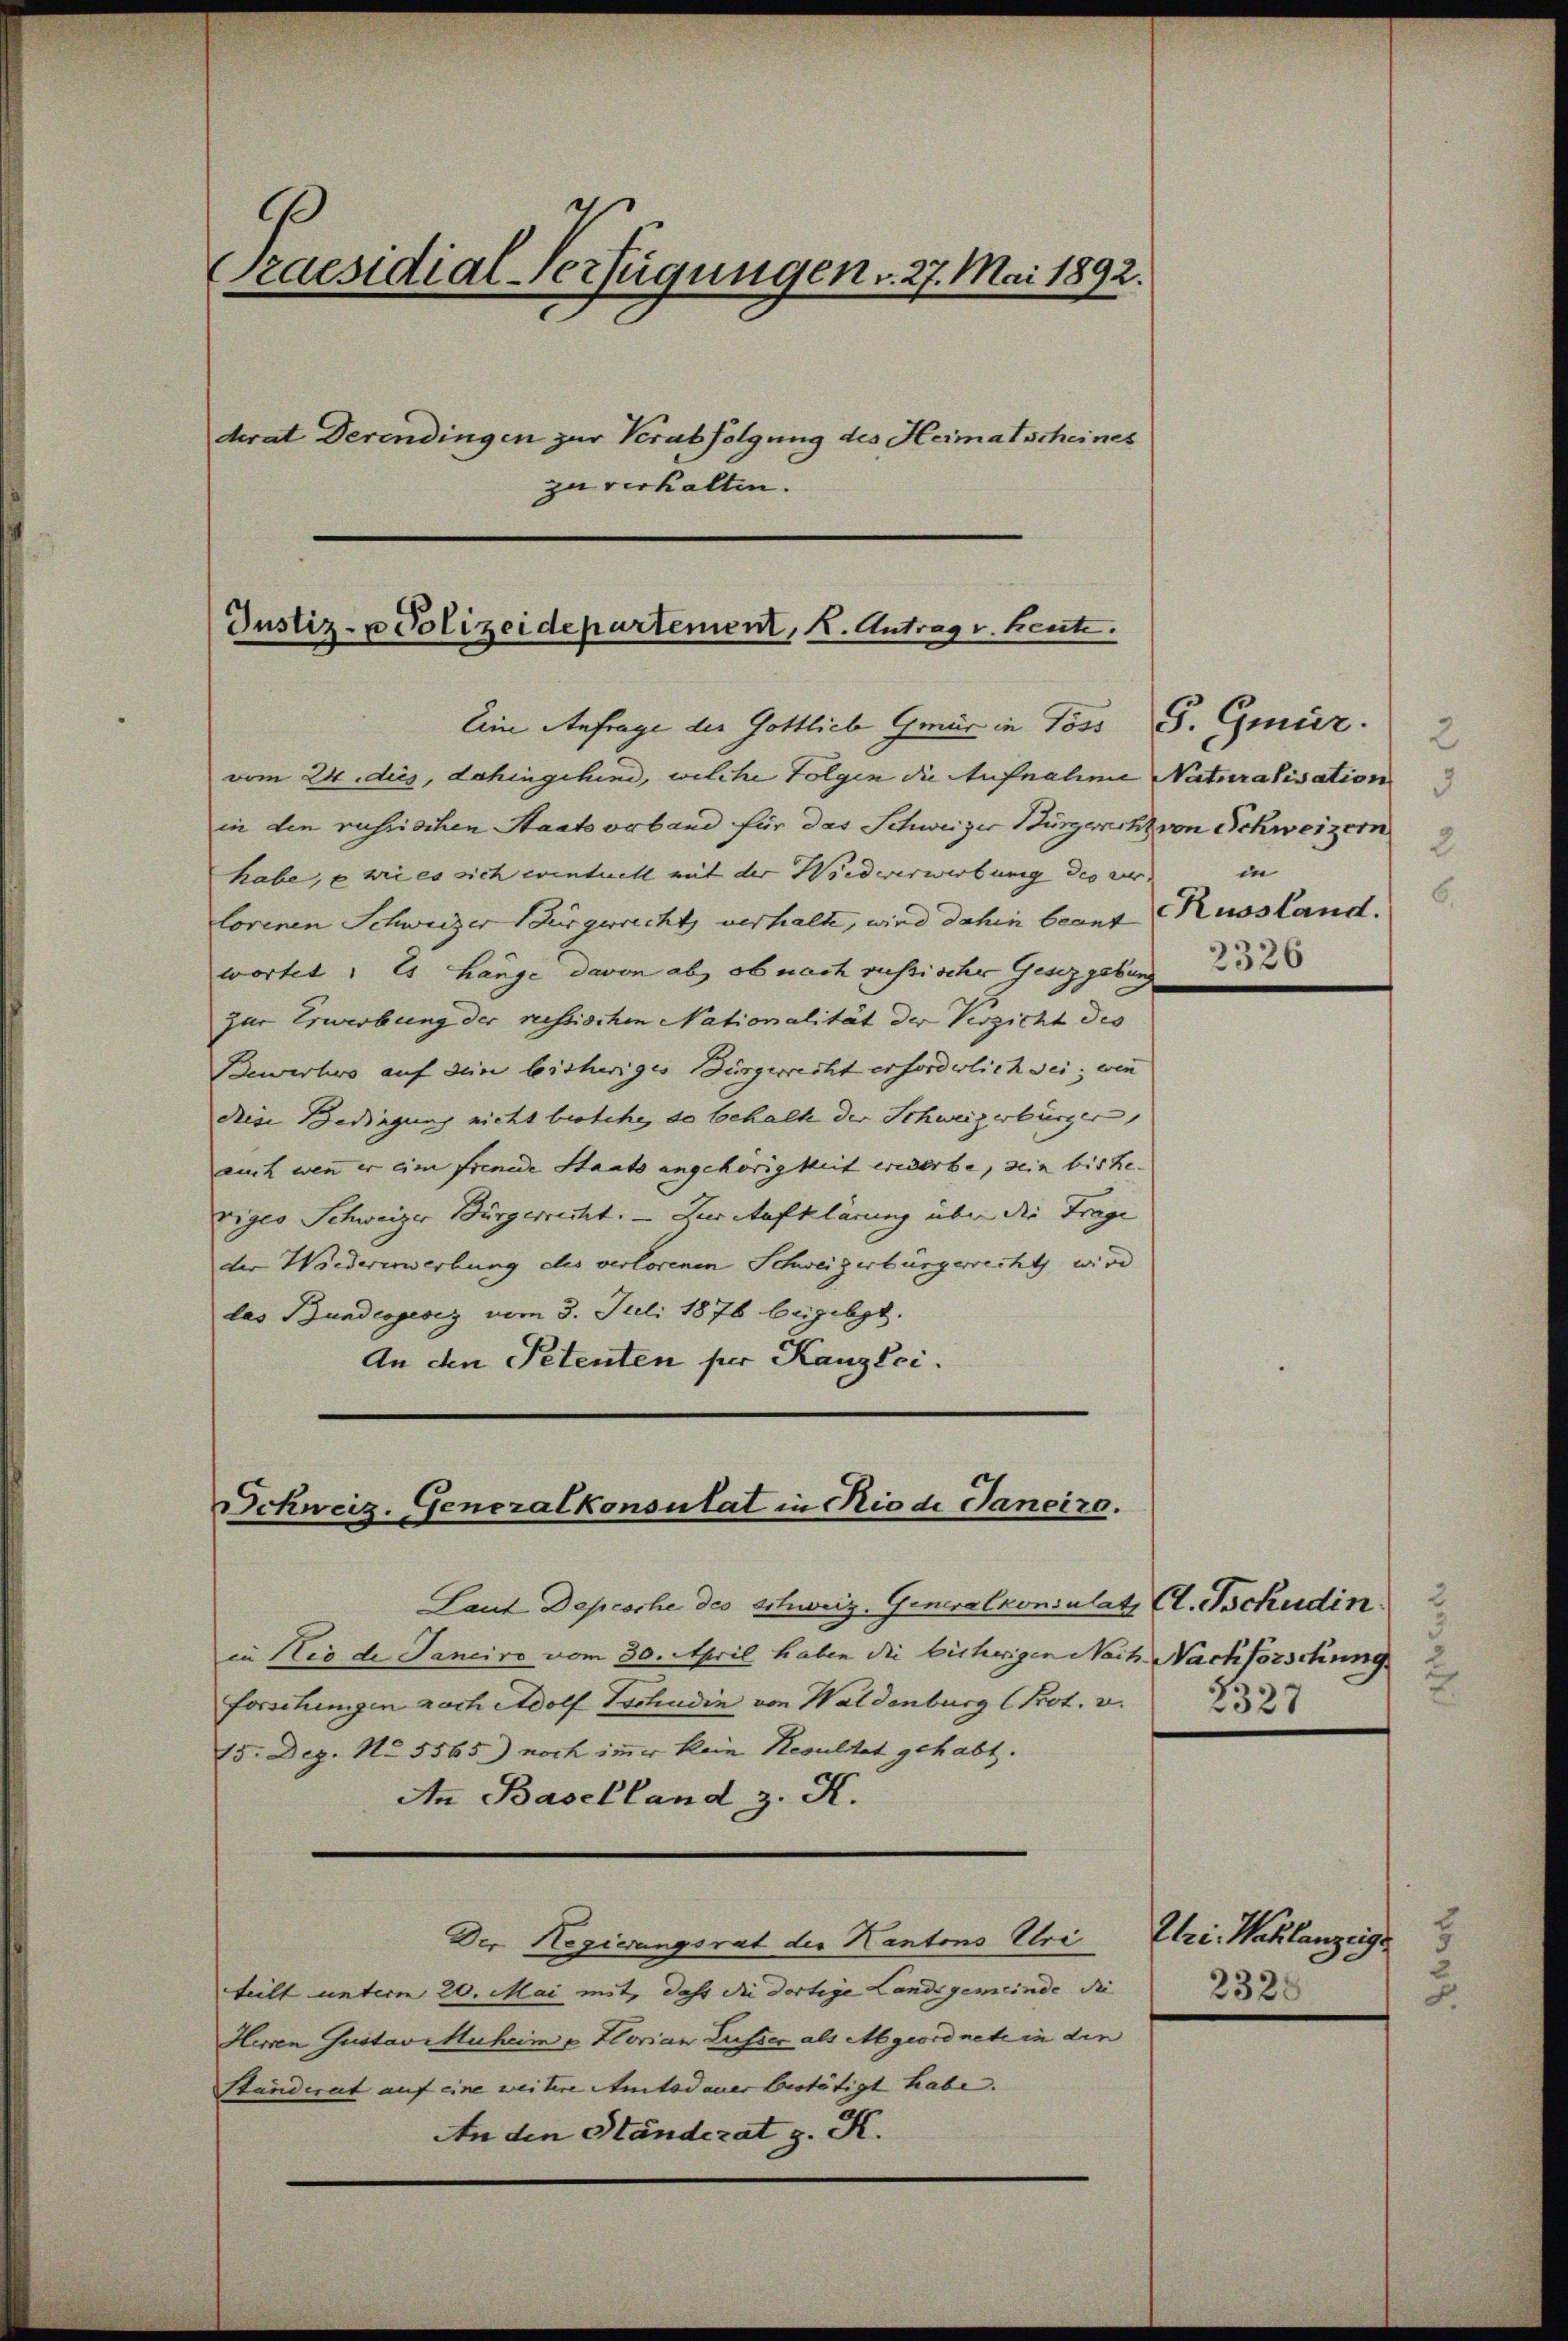
.
Praesidial-Verfügungen v. 27. Mai 1892.
derat Derendingen zur Verabfolgung des Heimatscheines
zu verhalten.

Justiz- u Polizeidepartement, K. Antrag v. heute.

Eine Anfrage der Gottlich Gmür in Goss
vom 24. dies, dahingehend, welche Folgen die Aufnahme Naturalisation
in den russischen Staatserband für das Schweizer Bürgericht von Schweizern
habe, e wie es sich eventuell mit der Wiedererwerbung des ver-
lorenen Schweizer Burgericht verhalte, wird dahin beant Russland.
wortet. Es hänge davon ab, ob nach russischer Gesetzgebun
zur Erwerbung der russischen Nationalität der Verzicht des
Bewerbes auf den bisheriges Bürgerrecht erforderlich sei; wenn
diese Bedingung nicht bestehe, da behalte der Schweizerbürger
auch wenn er eine fremde Staats angehörigkeit erwerbe, sein bishe
viges Schweizer Bürgerrecht. — Zur Aufklärung über die Trage
der Wiedererwerbung des verlorenen Schweizerbürgerrecht wird
las Bundesgesez vom 3. Juli 1876 beigebgt.
An den Petenten per Kanzlei.

Schweiz. Generalkonsulat in Rio di Panciro.

Laut Depesche des Schweiz. Generalkonsulat (l. Tschudin 2
in Nio de Janeiro vom 30. April haben die bisherigen Nach Nachforschung
forschungen nach Adolf Tschudin von Waldenburg (Prot.
15. Dez. No 5565) noch immer kein Resultat gehabt.
An Baselland, z. K.
Der Regierungsrat der Kantons Ulri
teilt unterm 20. Mai mit, daß die dortige Landsgemeinde die
Herren Gustaviuheim u. Florian Lusser als Mgeordnete in die
Standeret auf eine weitere Amtsdauer bestätigt habe.
An den Ständerat z. K.

S. Gmür. 2
3
2
in
2326

2
2327

Elei. Nachlanzeigt
2328
x